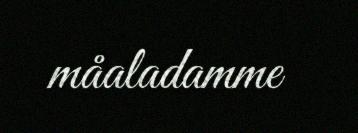
måaladamme